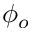
\phi _ { o }